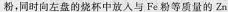
粉，同时向左盘的烧杯中放入与Fe粉等质量的Zn